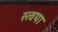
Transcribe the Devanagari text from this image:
स्त्वया